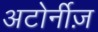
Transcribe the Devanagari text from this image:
अटोर्नीज़